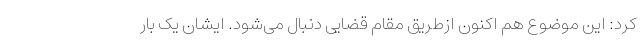
کرد: این موضوع هم اکنون ازطریق مقام قضایی دنبال می‌شود. ایشان یک بار